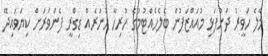
މާލެ ހަވީރު ދަންފަޅި މުއައްޒަފުން ބެލެހެއްޓުމުގެ ހުރިހާ ހުނަރެއް ޑިގްރީ ފެންވަރަށް ކިޔަވައިދޭ